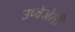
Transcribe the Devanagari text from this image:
उप्वेजेती